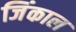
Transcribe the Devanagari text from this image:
जिंकाल